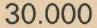
30.000